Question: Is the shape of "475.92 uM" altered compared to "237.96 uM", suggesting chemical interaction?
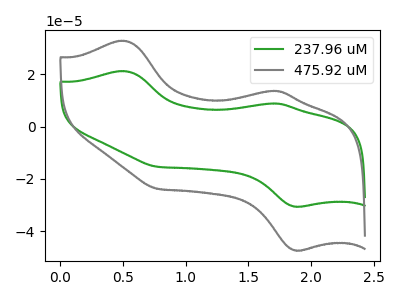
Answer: <think>The green curve "237.96 uM" has anodic peaks at (0.50V, 21.15uA) (1.70V, 8.80uA) and cathodic peaks at (1.90V, -30.55uA) (0.80V, -15.35uA). The gray curve "475.92 uM" has anodic peaks at (0.50V, 32.70uA) (1.70V, 13.60uA) and cathodic peaks at (1.90V, -47.25uA) (0.80V, -23.75uA).
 All the peaks in "475.92 uM" have a peak in "237.96 uM" at the same potential. Every peak in "475.92 uM" is higher than every peak in "237.96 uM".</think>
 <answer>No, "475.92 uM" and "237.96 uM" don't appear to be significantly different in shape</answer>
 <eval>no_change</eval>